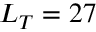
L _ { T } = 2 7